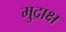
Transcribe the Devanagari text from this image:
मुद्राक्ष